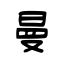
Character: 曼